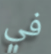
في